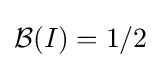
{\mathcal {B}}(I)=1/2